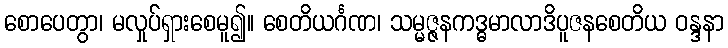
စောပေတွာ၊ မလှုပ်ရှားစေမူ၍။ စေတိယင်္ဂဏ၊ သမ္မဇ္ဇနကဒ္ဓမာလာဒိပူဇနစေတိယ ဝန္ဒနာ